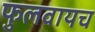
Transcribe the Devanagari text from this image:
फुलवायच